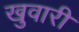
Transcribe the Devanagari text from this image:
खुवारी